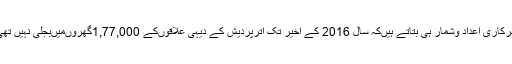
سرکاری اعداد وشمار ہی بتاتے ہیںکہ سال 2016 کے آخیر تک اترپردیش کے دیہی علاقوںکے 1,77,000گھروںمیںبجلی نہیں تھی۔